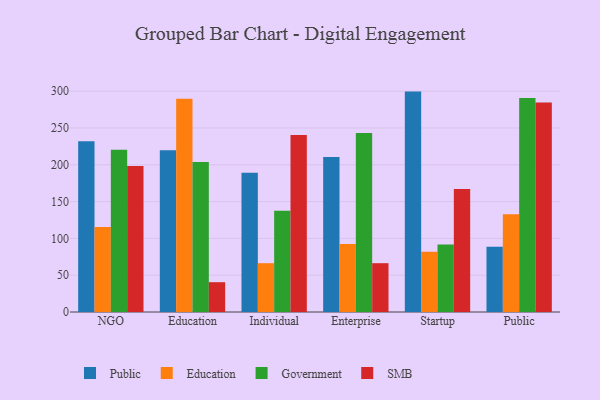
{"axis": {"x": "Segment", "y": "Net Income (USD K)"}, "legend": ["Education", "Government", "Public", "SMB"], "data": [{"x": "NGO", "y": 231.9, "type": "Public"}, {"x": "NGO", "y": 115.4, "type": "Education"}, {"x": "NGO", "y": 220.5, "type": "Government"}, {"x": "NGO", "y": 198.5, "type": "SMB"}, {"x": "Education", "y": 219.8, "type": "Public"}, {"x": "Education", "y": 289.6, "type": "Education"}, {"x": "Education", "y": 203.6, "type": "Government"}, {"x": "Education", "y": 40.5, "type": "SMB"}, {"x": "Individual", "y": 189.1, "type": "Public"}, {"x": "Individual", "y": 66.3, "type": "Education"}, {"x": "Individual", "y": 137.4, "type": "Government"}, {"x": "Individual", "y": 240.6, "type": "SMB"}, {"x": "Enterprise", "y": 210.4, "type": "Public"}, {"x": "Enterprise", "y": 92.3, "type": "Education"}, {"x": "Enterprise", "y": 243.2, "type": "Government"}, {"x": "Enterprise", "y": 66.3, "type": "SMB"}, {"x": "Startup", "y": 299.4, "type": "Public"}, {"x": "Startup", "y": 82.0, "type": "Education"}, {"x": "Startup", "y": 91.8, "type": "Government"}, {"x": "Startup", "y": 167.1, "type": "SMB"}, {"x": "Public", "y": 88.8, "type": "Public"}, {"x": "Public", "y": 132.9, "type": "Education"}, {"x": "Public", "y": 290.8, "type": "Government"}, {"x": "Public", "y": 284.5, "type": "SMB"}]}